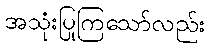
အသုံးပြုကြသော်လည်း